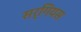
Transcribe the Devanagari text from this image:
सर्गियस